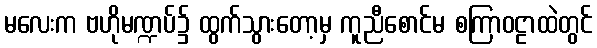
မလေးက ဗဟိုမဏ္ဍပ်၌ ထွက်သွားတော့မှ ကူညီစောင်မ စကြာဝဠာထဲတွင်